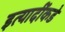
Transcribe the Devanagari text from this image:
इत्यादींकडे